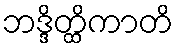
ဘဒ္ဒိတ္ထိကာတိ